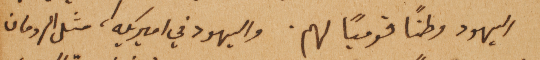
اليهود وطناً قومياً لهم. واليهود في اميريكه، مثل الرومان